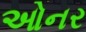
ઓનર